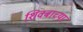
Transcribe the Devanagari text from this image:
शिवबाच्‍या